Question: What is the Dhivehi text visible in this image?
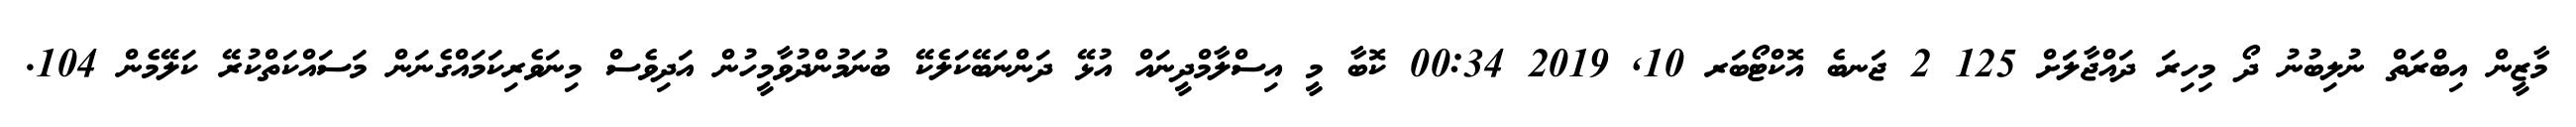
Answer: މާޒީން އިބްރަތް ނުލިބުނު ދޯ މިހިރަ ދައްޖާލަަށް 125 2 ޖަނބެ އޮކްޓޯބަރ 10, 2019 00:34 ކޮބާ މީ އިސްލާމްދީނައް އުޅޭ ދަންނަބޭކަލެކޭ ބުނަމުންދުވާމީހުން އަދިވެސް މިނަވެރިކަމައްގެނަން މަސައްކަތްކުރޭ ކަލޭމެން 104.